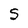
Character: S